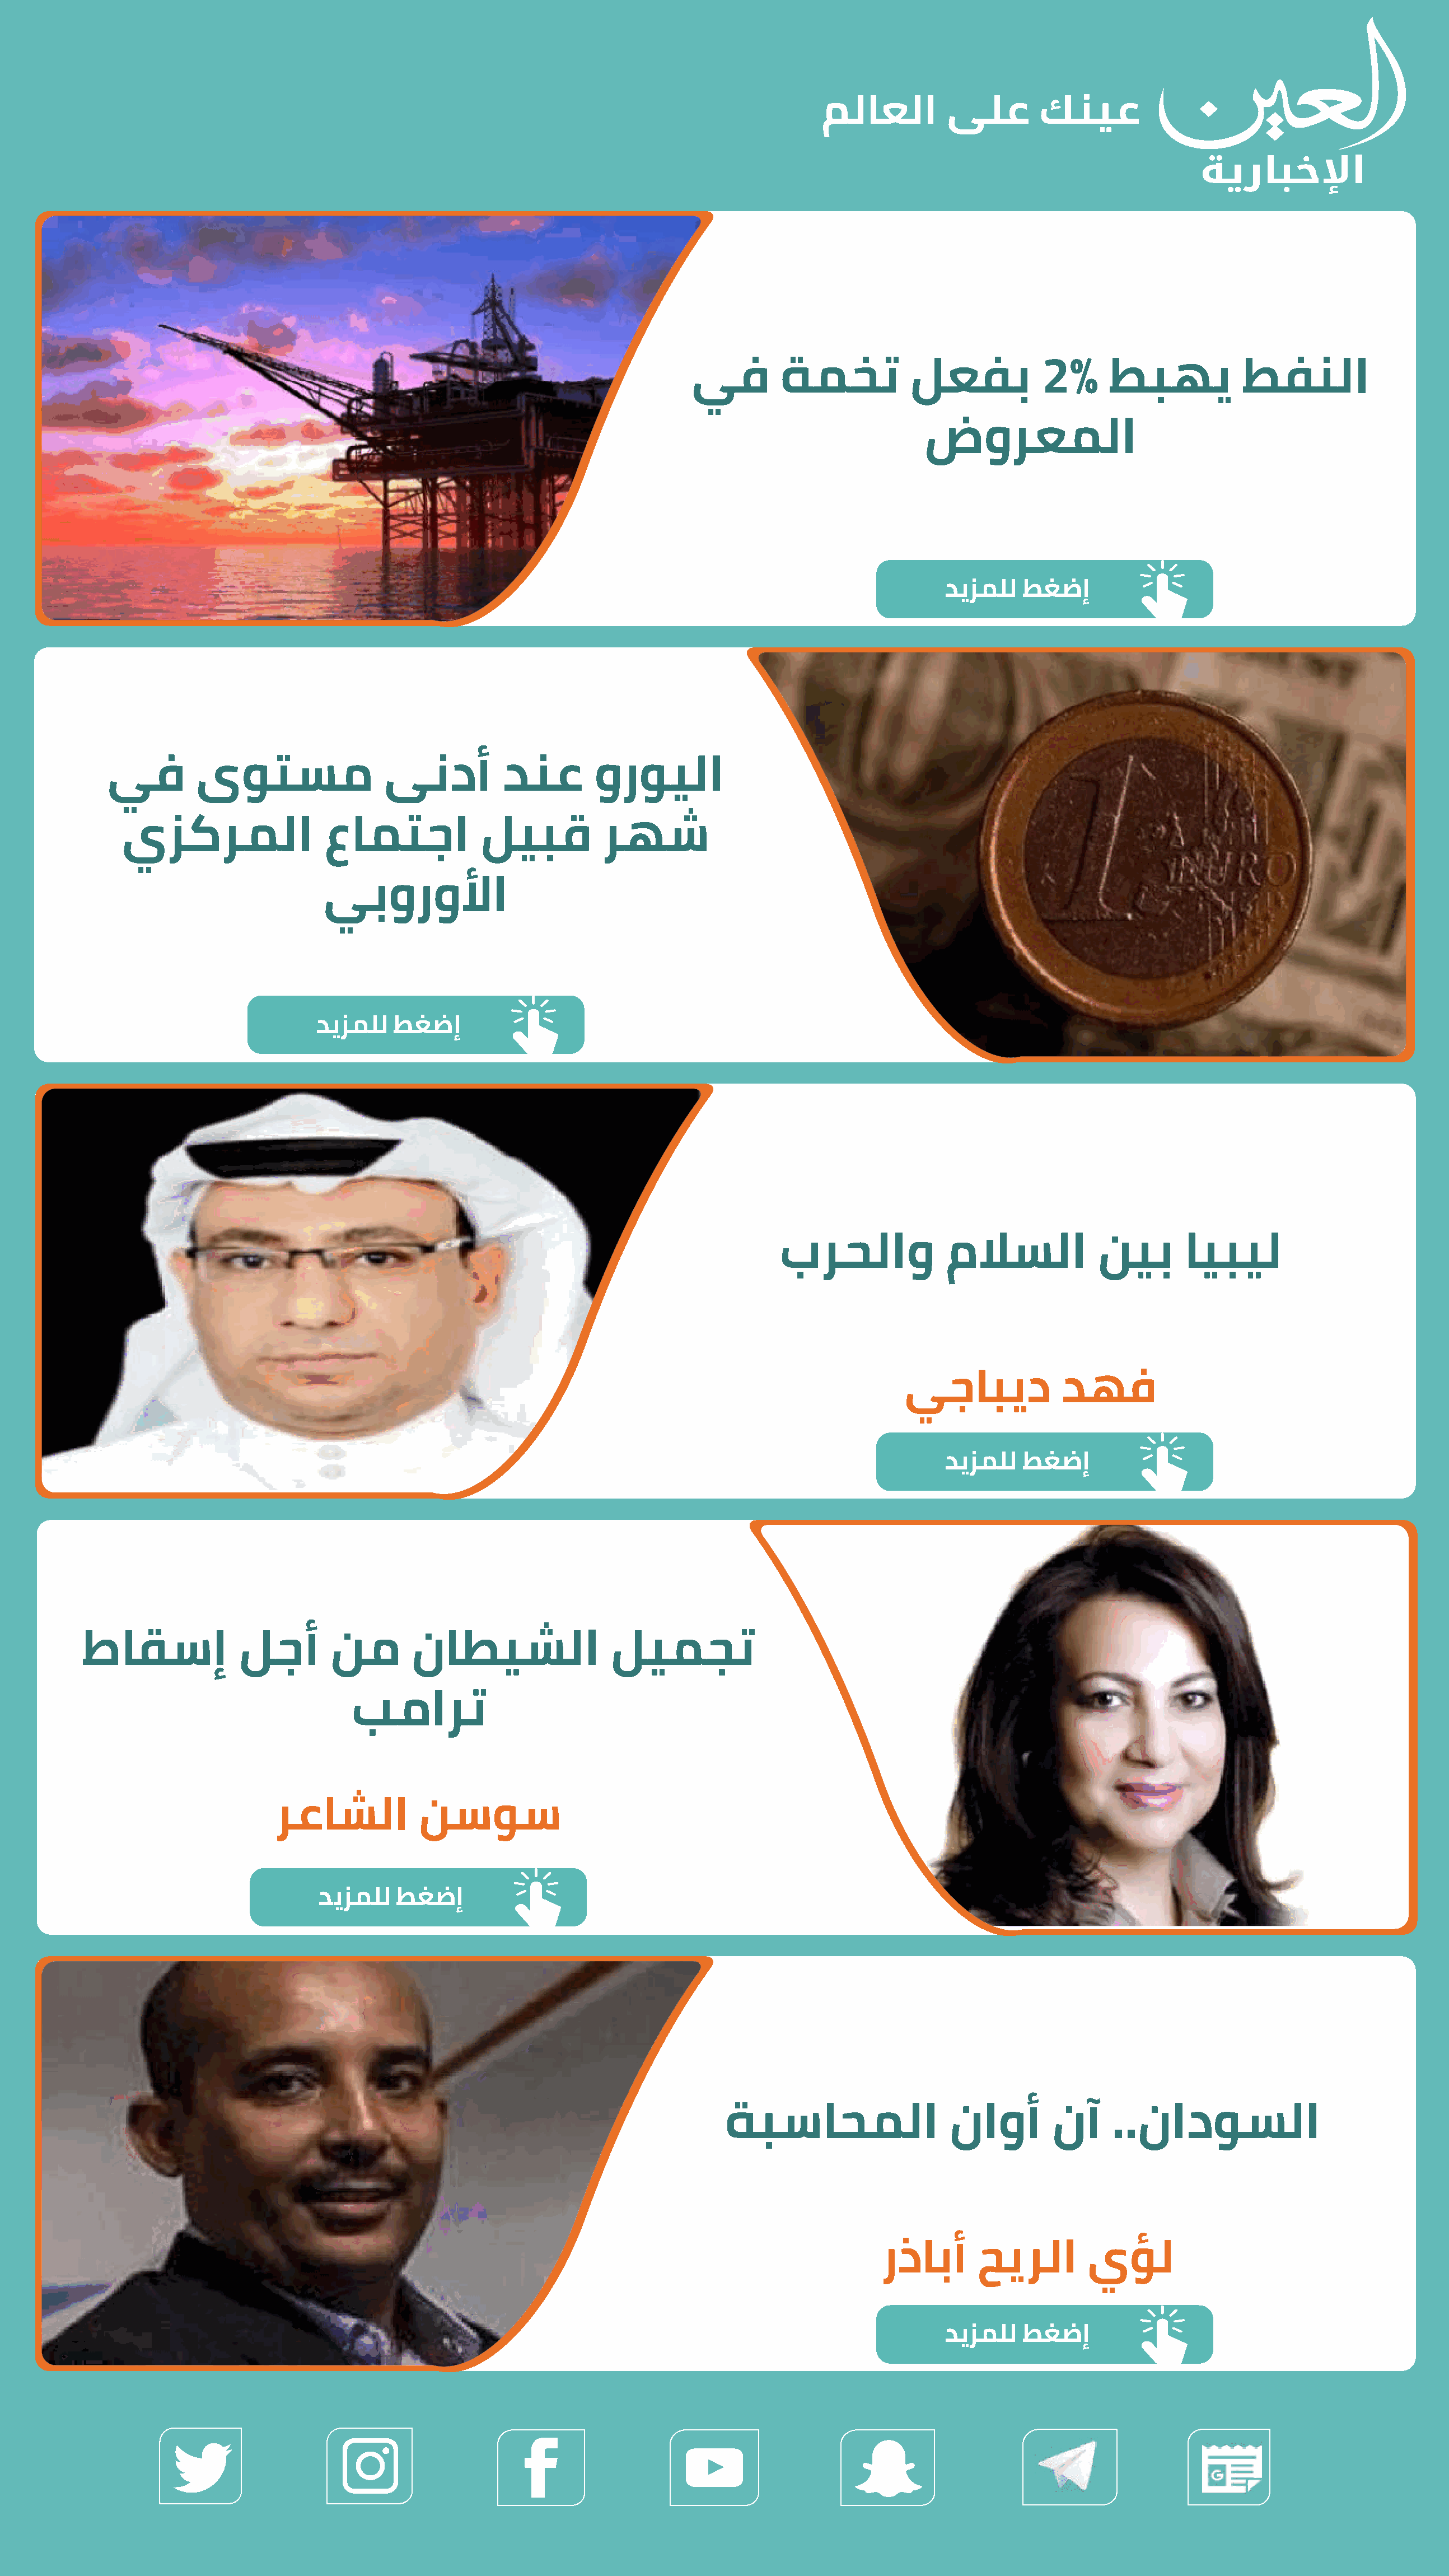
يف        ةمخت            لعفب           2%      طبهي            طفنلا
 ضورعملا
 ديزملل   طغضإ
 يف        ىوتسم                 ىندأ          دنع        ورويلا
 يزكرملا                 عامتجا             ليبق          رهش
 يبورولأا
 ديزملل    طغضإ
 برحلاو              ملاسلا            نيب       ايبيل
 يجابيد            دهف
 ديزملل   طغضإ
 طاقسإ             لجأ        نم        ناطيشلا                ليمجت
 بمارت
 رعاشلا           نسوس
 ديزملل   طغضإ
 ةبساحملا                  ناوأ        نآ     ..نادوسلا
 رذابأ       حيرلا        يؤل
 ديزملل   طغضإ